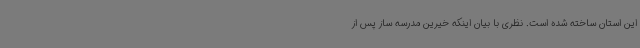
این استان ساخته شده است. نظری با بیان اینکه خیرین مدرسه ساز پس از